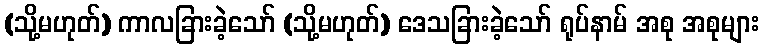
(သို့မဟုတ်) ကာလခြားခဲ့သော် (သို့မဟုတ်) ဒေသခြားခဲ့သော် ရုပ်နာမ် အစု အစုများ